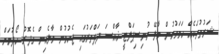
ޝަރުތުތަކެއް ހަމަވުމުން މާލޭ މުނިސިޕަލްޓީ ޚާއްސަ ދަފްތަރުގައި ޖެހުމުން މާލެއިން ގެދޮރު ހޯދުމަށް